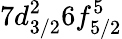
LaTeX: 7d_{3/2}^{2}6f_{5/2}^{5}